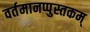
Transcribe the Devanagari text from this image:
वर्तमानप्पुस्तकम्